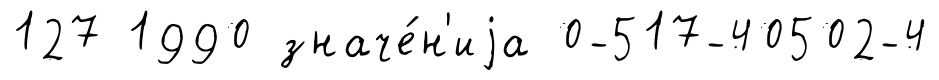
127 1990 значе́н'иjа 0-517-40502-4